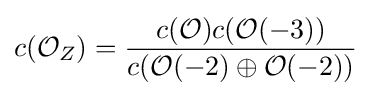
c({\mathcal {O}}_{Z})={\frac {c({\mathcal {O}})c({\mathcal {O}}(-3))}{c({\mathcal {O}}(-2)\oplus {\mathcal {O}}(-2))}}